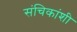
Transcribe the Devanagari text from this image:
संचिकांशी